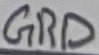
Text: GRD